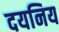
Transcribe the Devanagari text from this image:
दयनिय